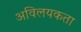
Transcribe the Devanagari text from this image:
अविलयकता